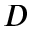
D